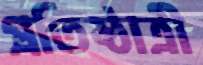
প্রতিষ্ঠাত্রী